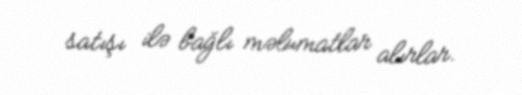
satışı ilə bağlı məlumatlar alırlar.